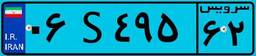
۰۶S۴۹۵۶۲